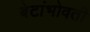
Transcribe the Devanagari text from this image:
बेटांभोवती